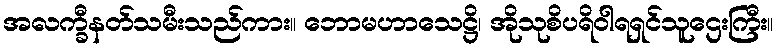
အလက္ခီနတ်သမီးသည်ကား။ ဘောမဟာသေဋ္ဌိ၊ အိုသုစိပရိဝါရရှင်သူဌေးကြီး။